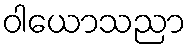
ဝါယောသညာ